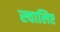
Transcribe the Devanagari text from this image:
स्चालिए